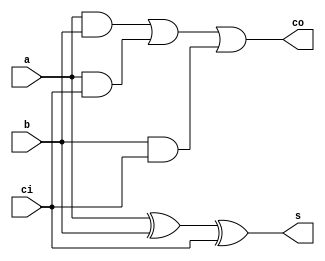
module fa(
input a,input b,input ci, output s, output co
);

reg s_out,c_out;

always @(*)
begin
s_out=a^b^ci;
c_out=a&b|a&ci|b&ci;
end

assign s=s_out;
assign co=c_out;

endmodule